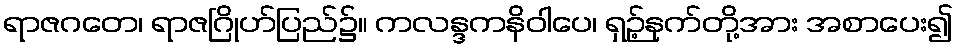
ရာဇဂတေ၊ ရာဇဂြိုဟ်ပြည်၌။ ကလန္ဒကနိဝါပေ၊ ရှဉ့်နက်တို့အား အစာပေး၍